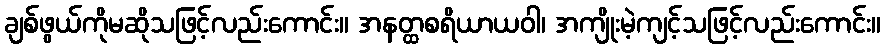
ချစ်ဖွယ်ကိုမဆိုသဖြင့်လည်းကောင်း။ အနတ္ထစရိယာယဝါ၊ အကျိုးမဲ့ကျင့်သဖြင့်လည်းကောင်း။